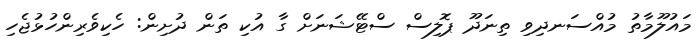
މައުލޫމާތު މުއްސަނދިވި ތިނަދޫ ޕޮލިސް ސްޓޭޝަނަށް ގާ އުކި ތަން ދުށިން: ހެކިވެރިންހުޅުޖެހި